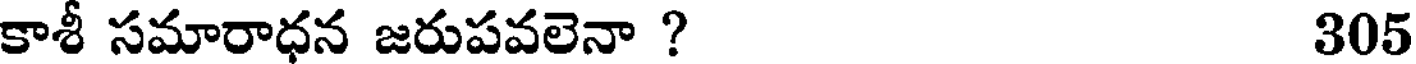
కాశీ సమారాధన జరుపవలెనా ? 305